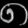
Digit: ၈